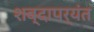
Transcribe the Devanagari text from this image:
शब्दापर्यंत